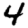
Digit: 4